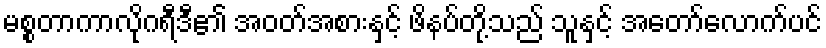
မစ္စတာကာလိုဂရီဒီ၏ အဝတ်အစားနှင့် ဖိနပ်တို့သည် သူနှင့် အတော်လောက်ပင်